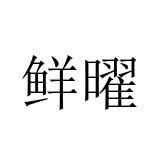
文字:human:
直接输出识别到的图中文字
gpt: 鲜曜